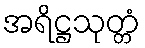
အရိဋ္ဌသုတ္တံ